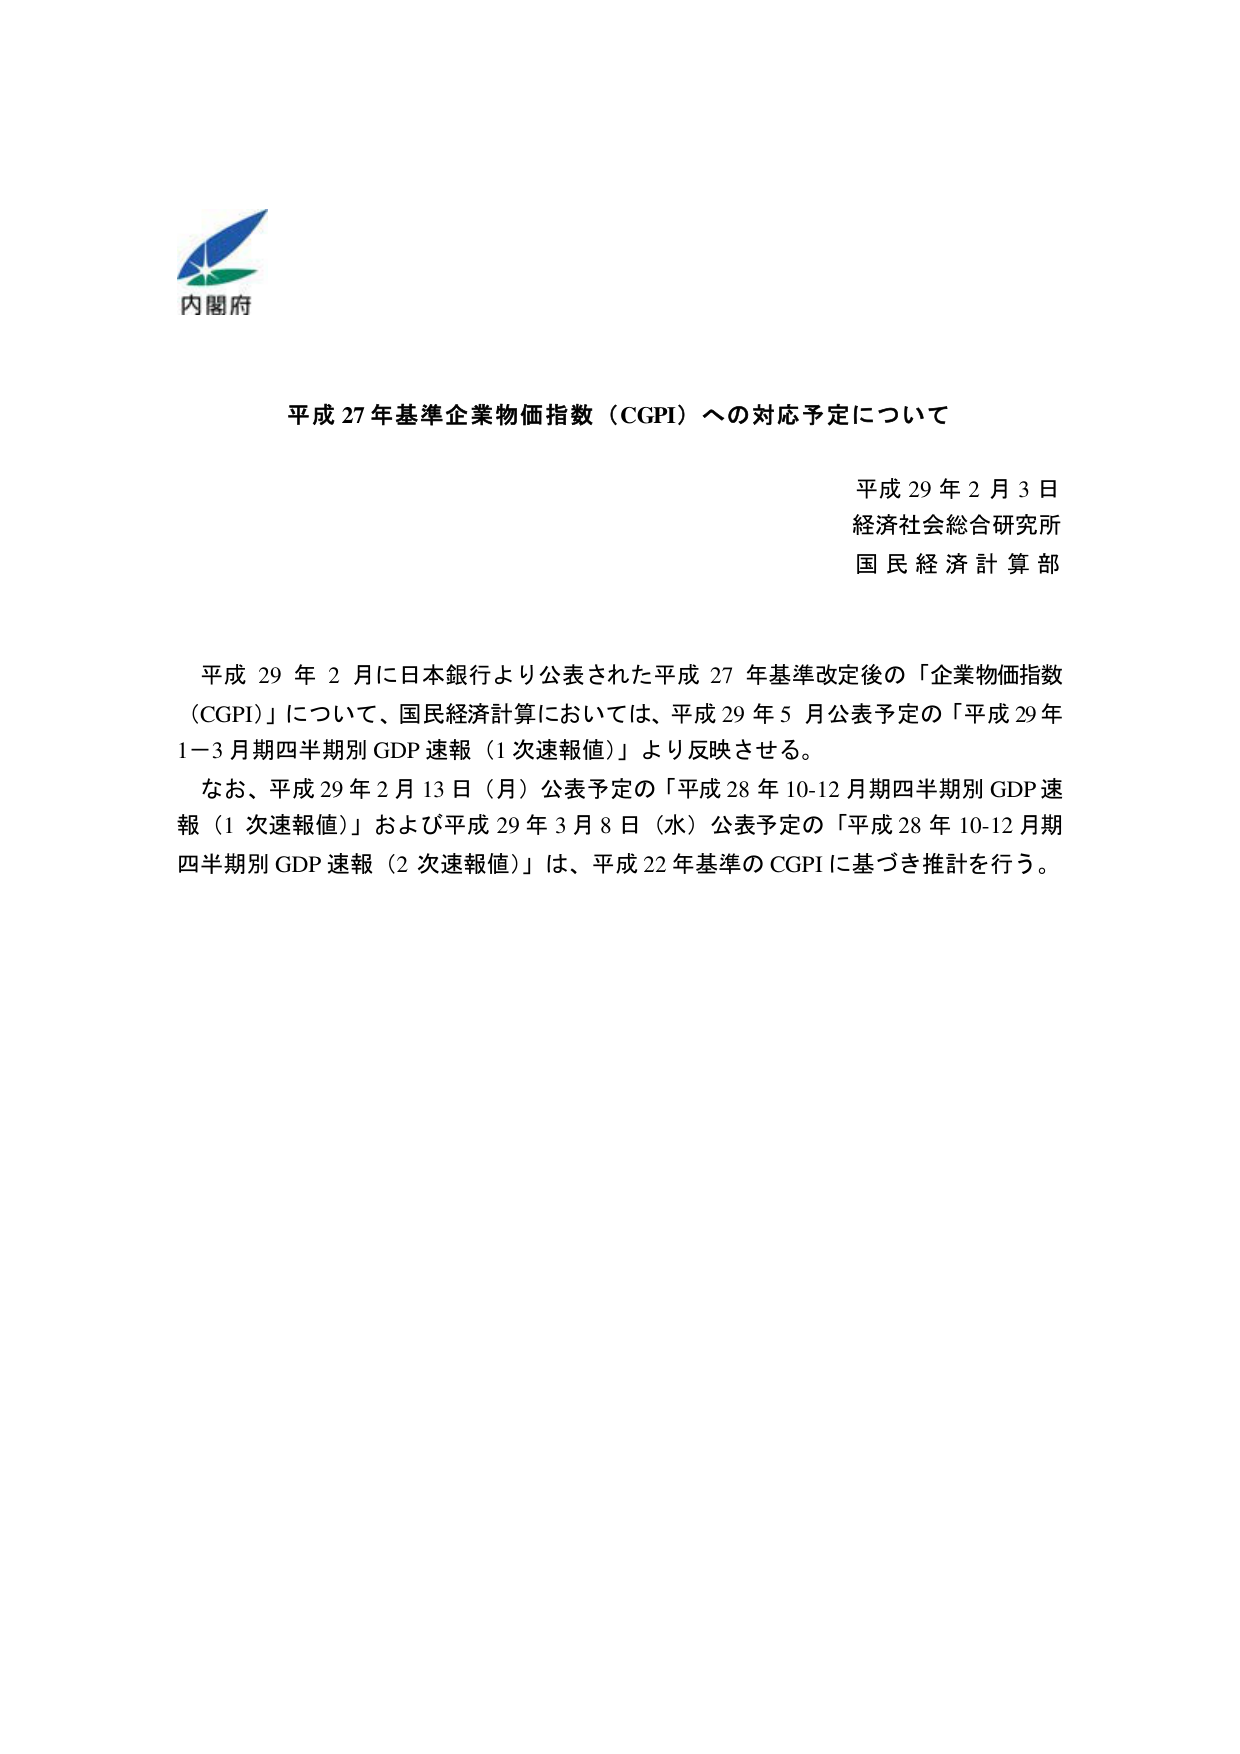
内閣府

平成27年基準企業物価指数（CGPI）への対応予定について

平成29年2月3日
経済社会総合研究所
国民経済計算部

平成29年2月に日本銀行より公表された平成27年基準改定後の「企業物価指数（CGPI）」について、国民経済計算においては、平成29年5月公表予定の「平成29年1－3月期四半期別GDP速報（1次速報値）」より反映させる。

なお、平成29年2月13日（月）公表予定の「平成28年10-12月期四半期別GDP速報（1次速報値）」および平成29年3月8日（水）公表予定の「平成28年10-12月期四半期別GDP速報（2次速報値）」は、平成22年基準のCGPIに基づき推計を行う。